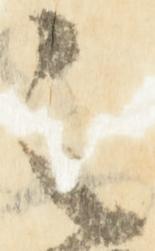
之